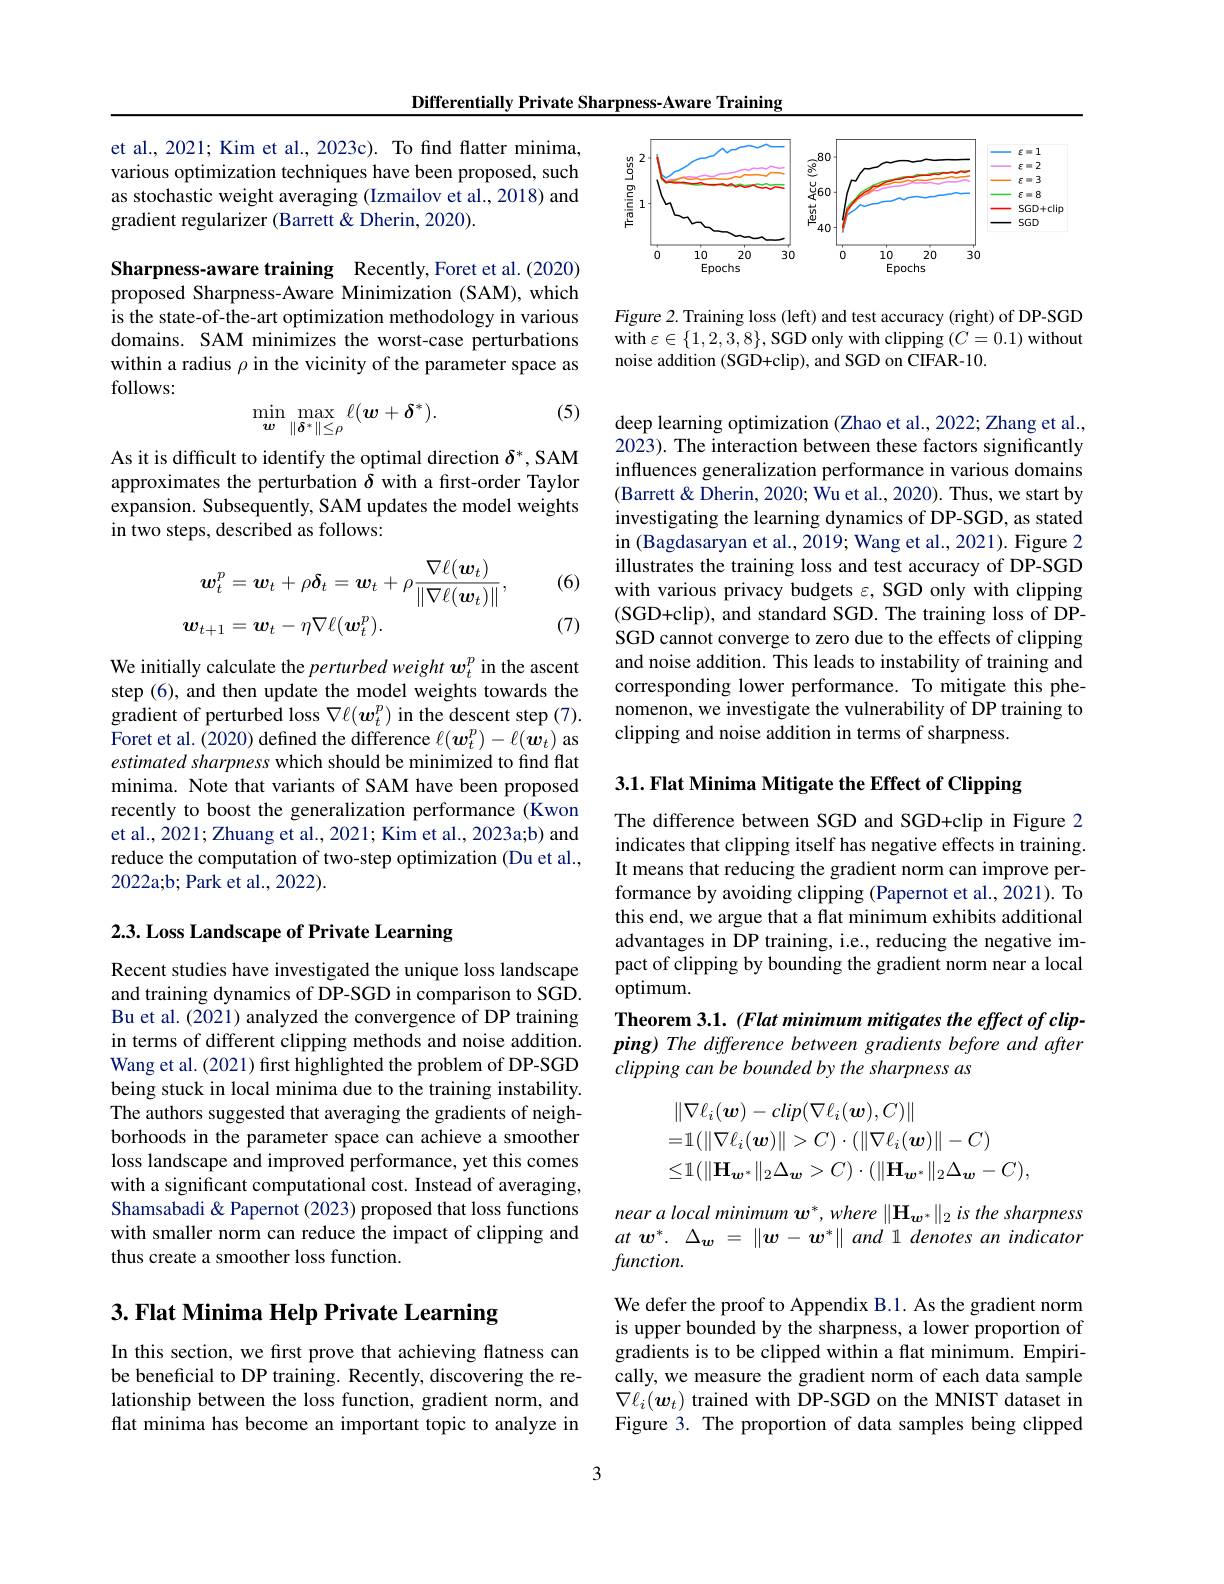
Differentially Private Sharpness-Aware Training

et al., 2021; Kim et al., 2023c). To find flatter minima, various optimization techniques have been proposed, such as stochastic weight averaging (Izmailov et al., 2018) and gradient regularizer (Barrett&Dherin,2020).

Sharpness-aware training Recently,Foret et al.(2020) proposed Sharpness-Aware Minimization (SAM), which is the state-of-the-art optimization methodology in various domains. SAM minimizes the worst-case perturbations within a radius $\rho$ in the vicinity of the parameter space as follows:
(5)
$$\min_{\boldsymbol{w}}\max_{\|\boldsymbol{\delta}^*\|\leq\rho}\ell(\boldsymbol{w}+\boldsymbol{\delta}^*).$$
As it is difficult to identify the optimal direction $\delta^*$, SAM approximates the perturbation $\delta$ with a first-order Taylor expansion. Subsequently, SAM updates the model weights in two steps, described as follows:

(6)
$$\begin{aligned}\boldsymbol{w}_{t}^{p}&=\boldsymbol{w}_{t}+\rho\boldsymbol{\delta}_{t}=\boldsymbol{w}_{t}+\rho\frac{\nabla\ell(\boldsymbol{w}_{t})}{\|\nabla\ell(\boldsymbol{w}_{t})\|},\\\boldsymbol{w}_{t+1}&=\boldsymbol{w}_{t}-\eta\nabla\ell(\boldsymbol{w}_{t}^{p}).\end{aligned}$$
(7)

We initially calculate the perturbed weight $w_t^p$ in the ascent step (6), and then update the model weights towards the gradient of perturbed loss $\nabla\ell(\boldsymbol w_t^p)$ in the descent step (7). Foret et al. (2020) defined the difference $\ell(\boldsymbol w_t^p)-\ell(\boldsymbol w_t)$ as estimated sharpness which should be minimized to find flat minima. Note that variants of SAM have been proposed recently to boost the generalization performance (Kwon et al., 2021; Zhuang et al., 2021; Kim et al., 2023a;b) and reduce the computation of two-step optimization (Du et al., 2022a;b; Park et al., 2022).

## 2.3. Loss Landscape of Private Learning

Recent studies have investigated the unique loss landscape and training dynamics of DP-SGD in comparison to SGD. Bu et al. (2021) analyzed the convergence of DP training in terms of different clipping methods and noise addition. Wang et al. (2021) first highlighted the problem of DP-SGD being stuck in local minima due to the training instability. The authors suggested that averaging the gradients of neighborhoods in the parameter space can achieve a smoother loss landscape and improved performance, yet this comes with a significant computational cost. Instead of averaging, Shamsabadi & Papernot (2023) proposed that loss functions with smaller norm can reduce the impact of clipping and thus create a smoother loss function.

# 3. Flat Minima Help Private Learning

In this section, we first prove that achieving flatness can be beneficial to DP training. Recently, discovering the relationship between the loss function, gradient norm, and flat minima has become an important topic to analyze in

<FigureHere>

Figure 2. Training loss (left) and test accuracy (right) of DP-SGD with $\varepsilon\in\{1,2,3,8\}$, SGD only with clipping $(C=0.1)$ without noise addition (SGD+clip), and SGD on CIFAR-10.

deep learning optimization (Zhao et al., 2022; Zhang et al., 2023). The interaction between these factors significantly influences generalization performance in various domains (Barrett & Dherin, 2020; Wu et al., 2020). Thus, we start by investigating the learning dynamics of DP-SGD, as stated in (Bagdasaryan et al., 2019; Wang et al., 2021). Figure 2 illustrates the training loss and test accuracy of DP-SGD with various privacy budgets $\varepsilon$, SGD only with clipping (SGD+clip), and standard SGD. The training loss of DPSGD cannot converge to zero due to the effects of clipping and noise addition. This leads to instability of training and corresponding lower performance. To mitigate this phenomenon, we investigate the vulnerability of DP training to clipping and noise addition in terms of sharpness.

3.1. Flat Minima Mitigate the Effect of Clipping

The difference between SGD and SGD+clip in Figure 2 indicates that clipping itself has negative effects in training. It means that reducing the gradient norm can improve performance by avoiding clipping (Papernot et al., 2021). To this end, we argue that a flat minimum exhibits additional advantages in DP training, i.e., reducing the negative impact of clipping by bounding the gradient norm near a local optimum.
Theorem 3.1. (Flat minimum mitigates the effect of clipping) The difference between gradients before and after clipping can be bounded by the sharpness as
$$\begin{aligned}&\|\nabla\ell_{i}(\boldsymbol{w})-clip(\nabla\ell_{i}(\boldsymbol{w}),C)\|\\&=1(\|\nabla\ell_{i}(\boldsymbol{w})\|>C)\cdot(\|\nabla\ell_{i}(\boldsymbol{w})\|-C)\\&\leq1(\|\mathbf{H}_{\boldsymbol{w}^{*}}\|_{2}\Delta_{\boldsymbol{w}}>C)\cdot(\|\mathbf{H}_{\boldsymbol{w}^{*}}\|_{2}\Delta_{\boldsymbol{w}}-C),\end{aligned}$$
near a local minimum $\boldsymbol{w}^* , where\left \| \mathbf{H} _{\boldsymbol{w}^* }\right \| _2\textit{is the sharpness}$ $at$ $w^* .$ $\Delta _{\boldsymbol{w}}$ = $\| \boldsymbol{w}- \boldsymbol{w}^* \|$ and 1 denotes $an$ indicator $function.$

We defer the proof to Appendix B.1. As the gradient norm is upper bounded by the sharpness, a lower proportion of gradients is to be clipped within a flat minimum. Empirically, we measure the gradient norm of each data sample $\nabla\ell_i(\boldsymbol{w}_t)$ trained with DP-SGD on the MNIST dataset in Figure 3. The proportion of data samples being clipped

3